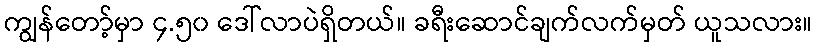
ကျွန်တော့်မှာ ၄.၅၀ ဒေါ်လာပဲရှိတယ်။ ခရီးဆောင်ချက်လက်မှတ် ယူသလား။